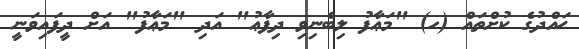
ޙައްދުގެ ކުށްތައް (ހ) "މަޢާފު ލިބެނިވި ދިފާޢު" އަދި "މަޢާފު" އަށް ދީފައިވަނީ